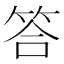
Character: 答